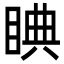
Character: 睓